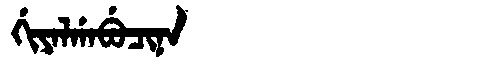
Manchu: ᡤᡳᠶᠠᠯᡤᠠᠪᡠᠴᡳᠨᠠ
Romanization: GIYALGABUCINA